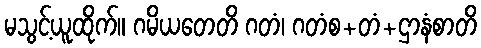
မသွင့်ယူထိုက်။ ဂမိယတေတိ ဂတံ၊ ဂတံစ+တံ+ဌာနံစာတိ